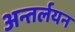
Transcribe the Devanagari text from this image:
अन्तर्लयन